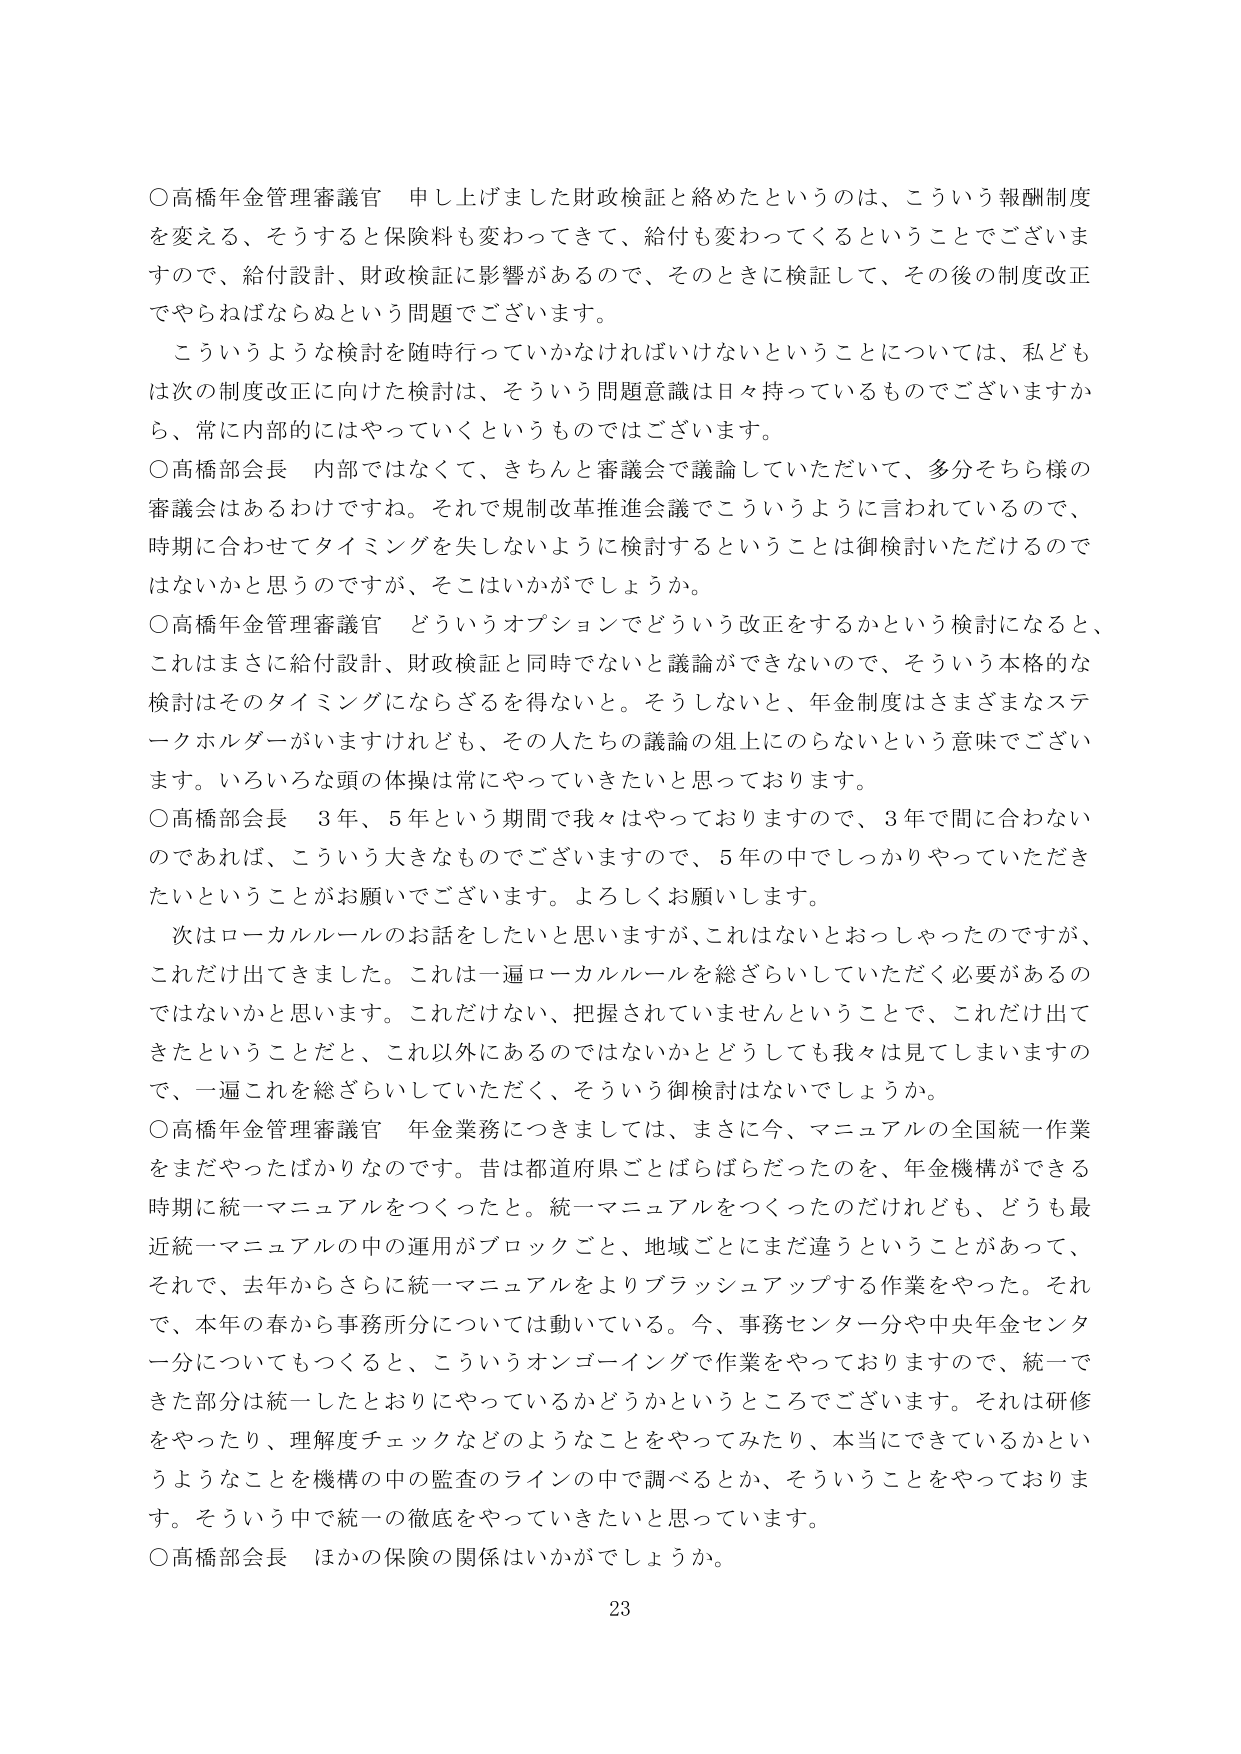
○高橋年金管理審議官　申し上げました財政検証と絡めたというのは、こういう報酬制度を変える、そうすると保険料も変わってきて、給付も変わってくるということでございますので、給付設計、財政検証に影響があるので、そのときに検証して、その後の制度改正でやらねばならぬという問題でございます。

こういうような検討を随時行っていかなければならないということについては、私どもは次の制度改正に向けた検討は、そういう問題意識は日々持っているものでございますから、常に内部的にはやっていくというものですでございます。

○高橋部会長　内部ではなくて、きちんと審議会で議論していただいて、多分そちら様の審議会はあるわけですね。それで規制改革推進会議でこういうように言われているので、時期に合わせてタイミングを失しないように検討するということは御検討いただけるのではないかと思うのですが、そこはいかがでしょうか。

○高橋年金管理審議官　どういうオプションでどういう改正をするかという検討になると、これはまさに給付設計、財政検証と同時でないと議論ができないので、そういう本格的な検討はそのタイミングにならざるを得ない。そうしないと、年金制度はさまざまなステークホルダーがいますけれども、その人たちの議論の俎上にのらないという意味でございます。いろいろな頭の体操は常にやっていきたいと思っております。

○高橋部会長　3年、5年という期間で我々はやっておりますので、3年で間に合わないのであれば、こういう大きなものでございますので、5年の中でしっかりやっていただきたいということがお願いでございます。よろしくお願いします。

次はローカルルールのお話をしたいと思いますが、これはないとおっしゃったのですが、これだけ出てきました。これは一遍ローカルルールを総ざらいしていただく必要があるのではないかと思います。これだけない、把握されていませんということで、これだけ出てきたということだと、これ以外にあるのではないかとどうしても我々は見てしまいますので、一遍これを総ざらいしていただく、そういう御検討はないでしょうか。

○高橋年金管理審議官　年金業務につきましては、まさに今、マニュアルの全国統一作業をまだやったばかりなのです。昔は都道府県ごとばらばらだったのを、年金機構ができる時期に統一マニュアルをつくったと。統一マニュアルをつくったのだけれども、どうも最近統一マニュアルの中の運用がブロックごと、地域ごとにまだ違うということがあって、それで、去年からさらに統一マニュアルをよりブラッシュアップする作業をやった。それで、本年の春から事務所分については動いている。今、事務センター分や中央年金センター分についてもつくると、こういうオンゴーイングで作業をやっておりますので、統一できた部分は統一したとおりにやっているかどうかというところでございます。それは研修をやったり、理解度チェックなどのようなことをやってみたり、本当にできているかというようなことを機構の中の監査のラインの中で調べるとか、そういうことをやっております。そういう中で統一の徹底をやっていきたいと思っています。

○高橋部会長　ほかの保険の関係はいかがでしょうか。

23